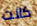
كانت